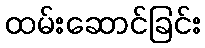
ထမ်းဆောင်ခြင်း